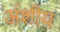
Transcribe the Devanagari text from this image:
अंशीय